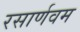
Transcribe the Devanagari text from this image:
रसार्णवम